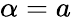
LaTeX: \alpha=a